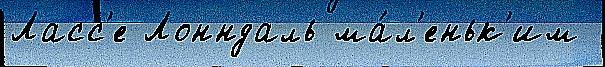
Ласс'е Лонндаль ма́л'еньк'им